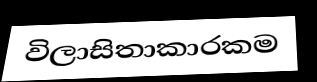
විලාසිතාකාරකම